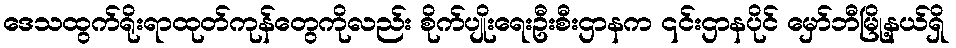
ဒေသထွက်ရိုးရာထုတ်ကုန်တွေကိုလည်း စိုက်ပျိုးရေးဦးစီးဌာနက ၎င်းဌာနပိုင် မှော်ဘီမြို့နယ်ရှိ